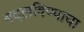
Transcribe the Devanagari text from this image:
बदलविण्याचा